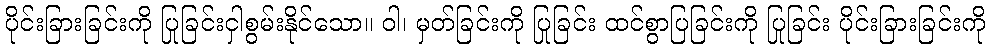
ပိုင်းခြားခြင်းကို ပြုခြင်းငှါစွမ်းနိုင်သော။ ဝါ၊ မှတ်ခြင်းကို ပြုခြင်း ထင်စွာပြခြင်းကို ပြုခြင်း ပိုင်းခြားခြင်းကို